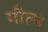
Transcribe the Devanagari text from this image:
गौत्म